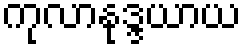
ကုလာနုဒ္ဒယာယ